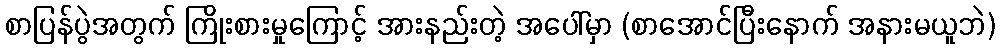
စာပြန်ပွဲအတွက် ကြိုးစားမှုကြောင့် အားနည်းတဲ့ အပေါ်မှာ (စာအောင်ပြီးနောက် အနားမယူဘဲ)